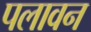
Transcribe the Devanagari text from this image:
पलावन